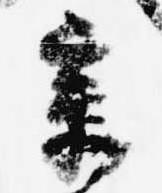
章